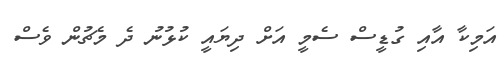
އަމިކާ އާއި ގުޑީސް ސެމީ އަށް ދިޔައީ ކުޅުނު ދެ މެޗުން ވެސް